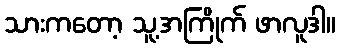
သားကတော့ သူ့အကြိုက် ဖာလူဒါ။